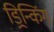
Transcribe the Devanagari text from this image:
ड्रिन्किंग